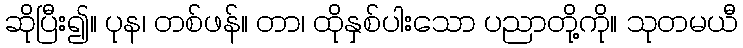
ဆိုပြီး၍။ ပုန၊ တစ်ဖန်။ တာ၊ ထိုနှစ်ပါးသော ပညာတို့ကို။ သုတမယီ